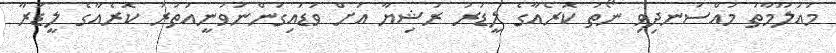
މައުލޫމާތު މުއްސަނދިވި ނޯތު ކޮރެއާގެ ލީޑަރު ރަޝިޔާ އަށް ވަޑައިގަންނަވަނީއުތުރު ކޮރެއާގެ ލީޑަރާ